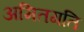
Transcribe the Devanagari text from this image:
अमितगति